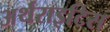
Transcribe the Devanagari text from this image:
अर्थराइटिस